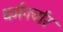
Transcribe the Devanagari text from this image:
धर्मपर्चार